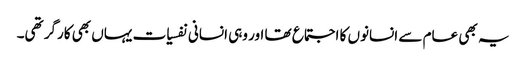
یہ بھی عام سے انسانوں کا اجتماع تھا اور وہی انسانی نفسیات یہاں بھی کارگر تھی۔